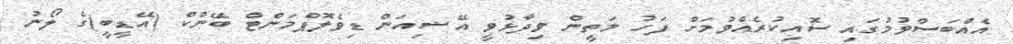
އެއްބަސްވުމުގައި ސޮއިކުރެއްވުމަށް ފަހު މަތީން ވިދާޅުވީ އޭޝިއަން ޑިވެލޮޕްމަންޓް ބޭންކް (އޭޑީބީ)ގެ ލޯނު